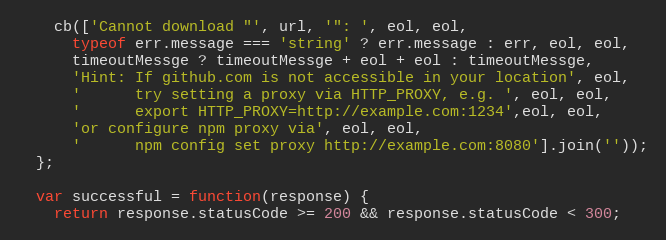
Language: JavaScript
    cb(['Cannot download "', url, '": ', eol, eol,
      typeof err.message === 'string' ? err.message : err, eol, eol,
      timeoutMessge ? timeoutMessge + eol + eol : timeoutMessge,
      'Hint: If github.com is not accessible in your location', eol,
      '      try setting a proxy via HTTP_PROXY, e.g. ', eol, eol,
      '      export HTTP_PROXY=http://example.com:1234',eol, eol,
      'or configure npm proxy via', eol, eol,
      '      npm config set proxy http://example.com:8080'].join(''));
  };

  var successful = function(response) {
    return response.statusCode >= 200 && response.statusCode < 300;